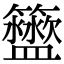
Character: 𥷟